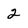
Character: 2